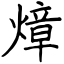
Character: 𤍤